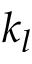
k _ { l }